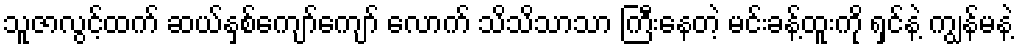
သူဇာလွင့်ထက် ဆယ်နှစ်ကျော်ကျော် လောက် သိသိသာသာ ကြီးနေတဲ့ မင်းခန့်ထူးကို ရှင်နဲ့ ကျွန်မနဲ့